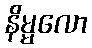
နိမ္မလော